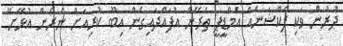
ދުރުން ވަކި ފެކްޝަނެއް އެމްޑީޕީ ތެރޭން އުފައްދައިގެން އިބޫ ކުރިއަށް ނެރެން އުޅޭށޭ